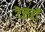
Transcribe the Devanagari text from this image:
टेलराँ